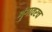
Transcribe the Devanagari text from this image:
शृंगावरच